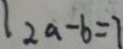
2 a - b = 7